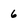
Character: 6